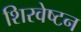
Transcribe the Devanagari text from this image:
शिरवेष्टन